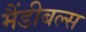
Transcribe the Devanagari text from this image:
मैंडीबल्स